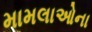
મામલાઓના